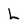
Character: L